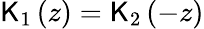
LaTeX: \mathsf{K}_{1}\left(z\right)=\mathsf{K}_{2}\left(-z\right)